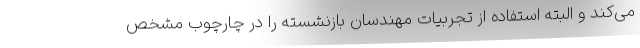
می‌کند و البته استفاده از تجربیات مهندسان بازنشسته را در چارچوب مشخص